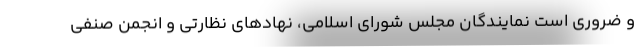
و ضروری است نمایندگان مجلس شورای اسلامی، نهادهای نظارتی و انجمن صنفی